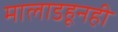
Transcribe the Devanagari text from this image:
मालाडहूनही